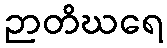
ဉာတိဃရေ